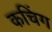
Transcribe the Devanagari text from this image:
कचिंग